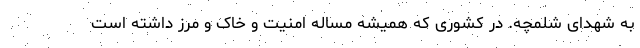
به شهدای شلمچه. در کشوری که همیشه مساله امنیت و خاک و مرز داشته است